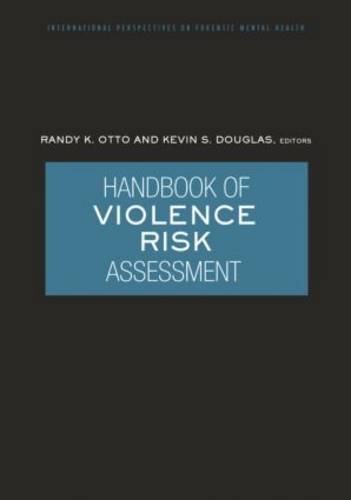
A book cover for Handbook of Violence Risk Assessment; Medical Books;